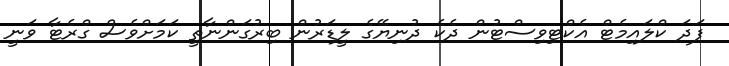
ފަދަ ކްލައިމެޓް އެކްޓިވިސްޓުން ދެކެ ދުނިޔޭގެ ލީޑަރުން ބިރުގަންނާތީ ކަމަށްވެސް ގްރެޓާ ވަނީ